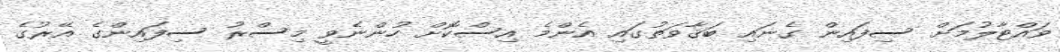
ވައްޓާލުމަށް ސިފައިން ގެނައި ބަޤާވަތުގައި އެންމެ އިސްކޮށް ހުންނެވީ މިސްރު ސިފައިންގެ އޭރުގެ